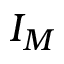
I _ { M }